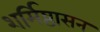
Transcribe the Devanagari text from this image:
शर्मिष्ठासन